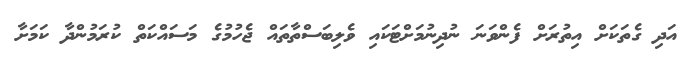
އަދި ގެތަކަށް އިތުރަށް ފެންވަނަ ނުދިނުމަށްޓަކައި ވެލިބަސްތާތައް ޖެހުމުގެ މަސައްކަތް ކުރަމުންދާ ކަމަށާ